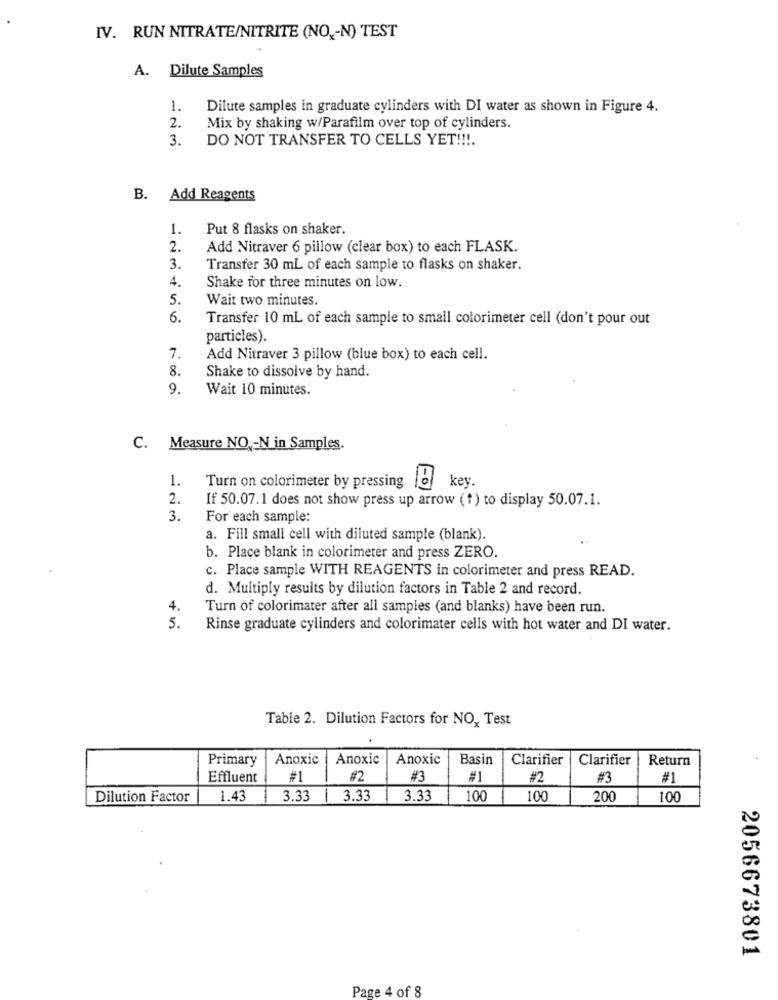
IV. RUN NITRATE/NITRITE (NO ,- N) TEST
A. Dilute Samples
1.
Dilute samples in graduate cylinders with DI water as shown in Figure 4.
2.
Mix by shaking w/Parafilm over top of cylinders.
3.
DO NOT TRANSFER TO CELLS YET !!!.
B. Add Reagents
1.
Put 8 flasks on shaker.
2.
Add Nitraver 6 pillow (clear box) to each FLASK.
3.
Transfer 30 mL of each sample to flasks on shaker.
Shake for three minutes on low.
5.
Wait two minutes.
6.
Transfer 10 ml of each sample to small colorimeter cell (don't pour out
particles).
7.
Add Nitraver 3 pillow (blue box) to each cell.
8.
Shake to dissolve by hand.
9.
Wait 10 minutes.
C. Measure NO -N in Samples.
1.
key.
Turn on colorimeter by pressing
2.
If 50.07.1 does not show press up arrow (+) to display 50.07.1.
3.
For each sample:
a. Fill small cell with diluted sample (blank).
b. Place blank in colorimeter and press ZERO.
c. Place sample WITH REAGENTS in colorimeter and press READ.
d. Multiply results by dilution factors in Table 2 and record.
4.
Turn of colorimater after all samples (and blanks) have been run.
5.
Rinse graduate cylinders and colorimater cells with hot water and DI water.
Table 2. Dilution Factors for NO, Test
Primary
Anoxic
Anoxic
Anoxic
Basin
Clarifier
Clarifier
Return
Effluent
#1
#2
#3
#1
#2
#3
#1
Dilution Factor
1.43
3.33
3.33
3.33
100
100
200
100
2056673801
Page 4 of 8